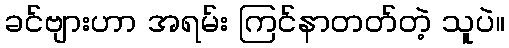
ခင်ဗျားဟာ အရမ်း ကြင်နာတတ်တဲ့ သူပဲ။